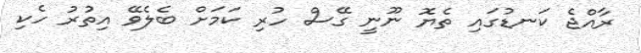
ރާއްޖެ ކަނޑުގައި ތެޔޮ ނޫނީ ގޭސް ހުރި ކަމަށް ބެލެވޭ އިތުރު ހެކި